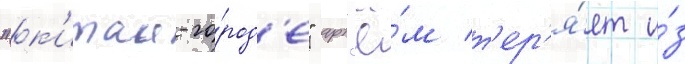
"к'итаи-го́род'е" арт'ё́м т'ер'я́ет и́з